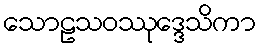
သောဠသဝဿုဒ္ဒေသိကာ